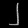
Digit: ၂